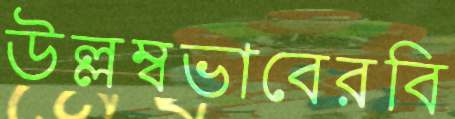
উল্লম্বভাবেরবি